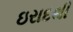
ઇરાદથી